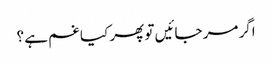
اگر مر جائیں تو پھر کیا غم ہے ؟